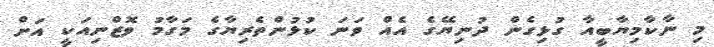
މި ނާކާމިޔާބީއާ ގުޅިގެން ދުނިޔޭގެ އެއް ވަނަ ކުޅުންތެރިޔާގެ މަގާމު ވޮޒްނިއަކީ އަށް